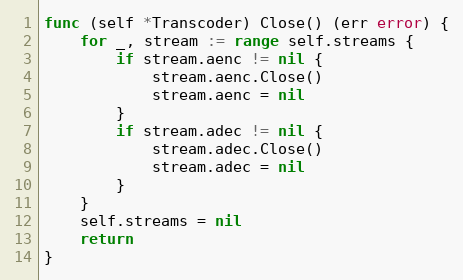
Language: Go
func (self *Transcoder) Close() (err error) {
	for _, stream := range self.streams {
		if stream.aenc != nil {
			stream.aenc.Close()
			stream.aenc = nil
		}
		if stream.adec != nil {
			stream.adec.Close()
			stream.adec = nil
		}
	}
	self.streams = nil
	return
}